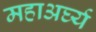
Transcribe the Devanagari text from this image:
महाअर्घ्य